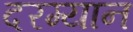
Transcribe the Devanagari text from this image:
दरम्‍यान